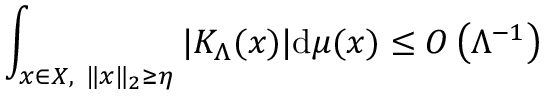
\int _ { x \in { \cal { X } } , \ \| x \| _ { 2 } \ge \eta } | K _ { \Lambda } ( x ) | \mathrm { d } \mu ( x ) \le { \cal { O } } \left( \Lambda ^ { - 1 } \right)